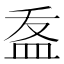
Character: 𭽽